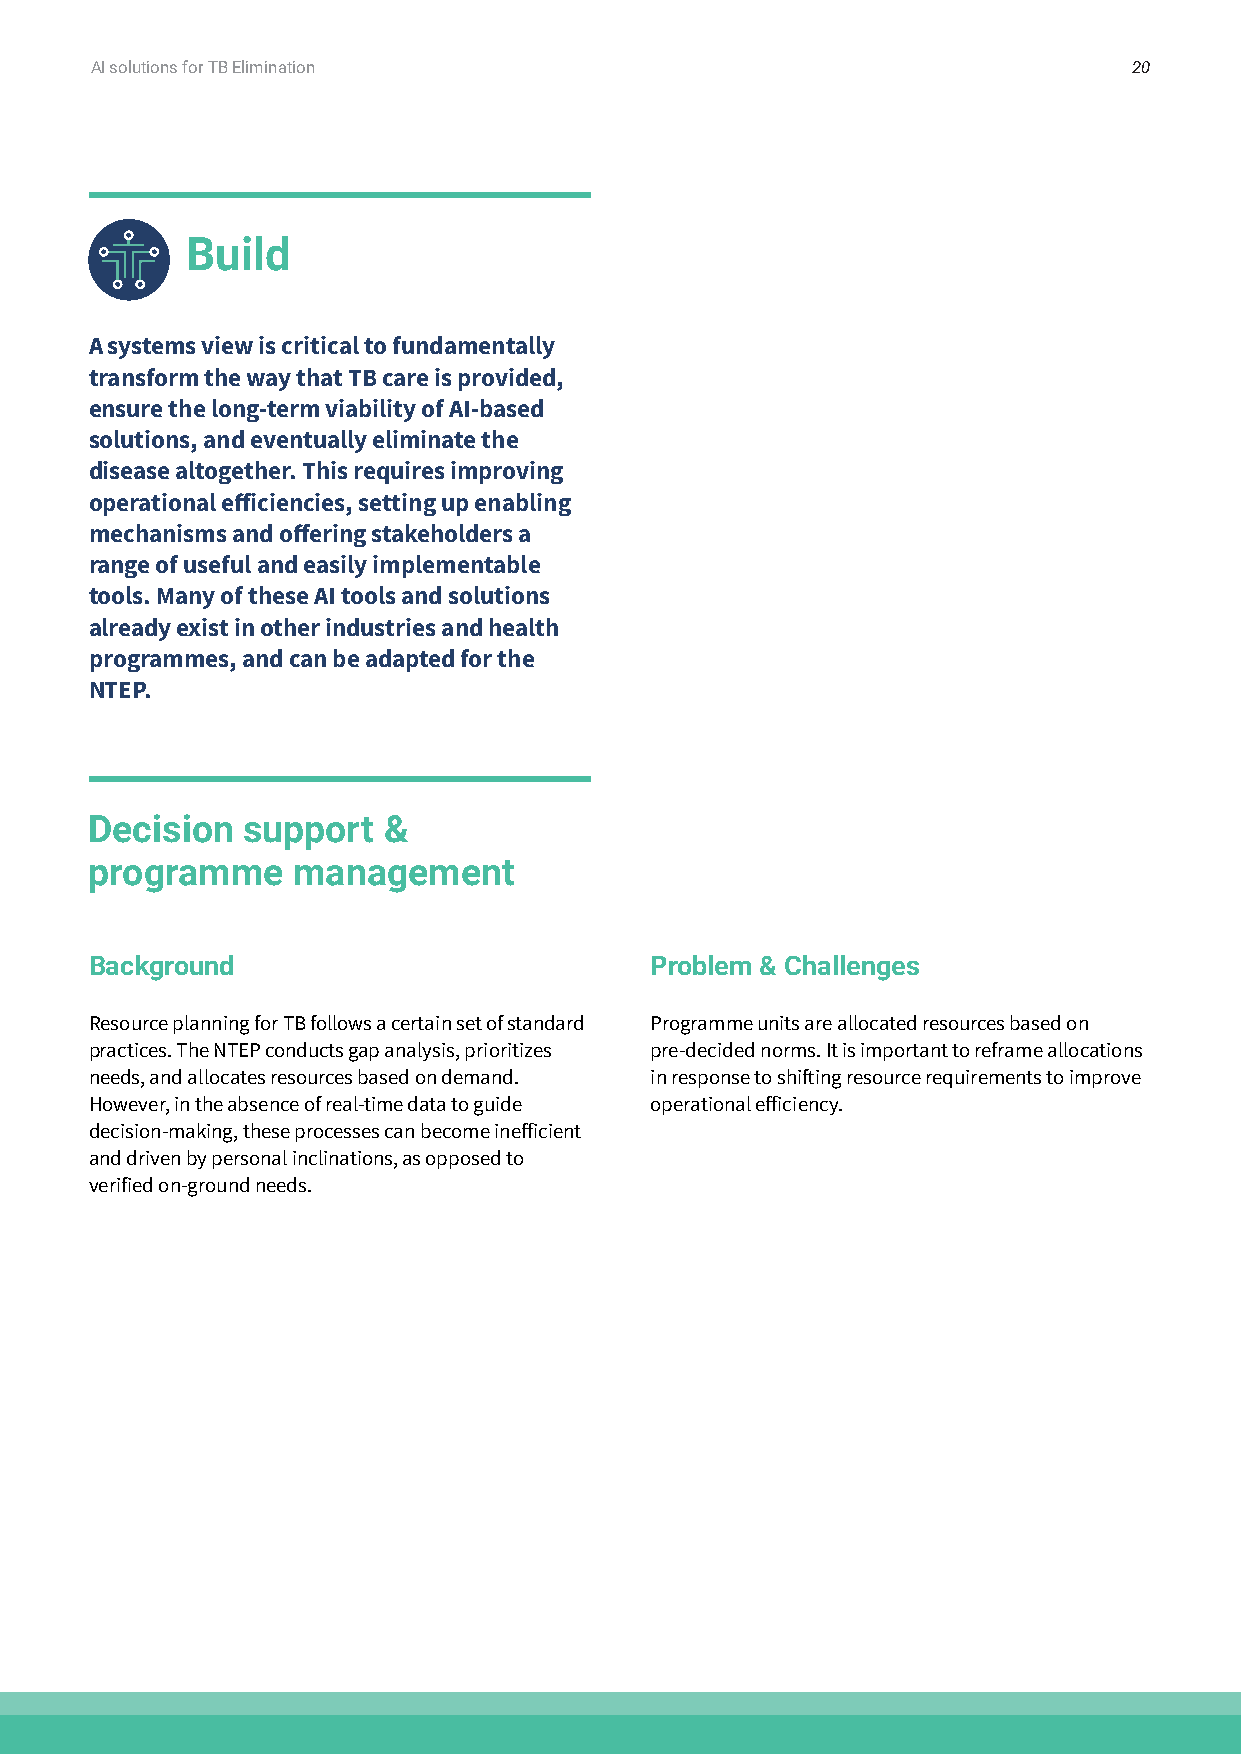
AI solutions for TB Elimination                                      20
 Build
 A systems view is critical to fundamentally
 transform the way that TB care is provided,
 ensure the long-term viability of AI-based
 solutions, and eventually eliminate the
 disease altogether. This requires improving
 operational efficiencies, setting up enabling
 mechanisms and offering stakeholders a
 range of useful and easily implementable
 tools. Many of these AI tools and solutions
 already exist in other industries and health
 programmes, and can be adapted for the
 NTEP.
 Decision  support  &
 programme    management
 Background                           Problem & Challenges
 Resource planning for TB follows a certain set of standard Programme units are allocated resources based on
 practices. The NTEP conducts gap analysis, prioritizes pre-decided norms. It is important to reframe allocations
 needs, and allocates resources based on demand. in response to shifting resource requirements to improve
 However, in the absence of real-time data to guide operational efficiency.
 decision-making, these processes can become inefficient
 and driven by personal inclinations, as opposed to
 verified on-ground needs.